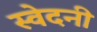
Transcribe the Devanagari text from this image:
स्वेदनी